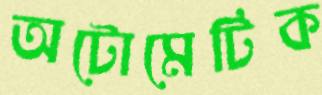
অটোমেটিক